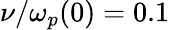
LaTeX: \nu/\omega_{p}(0)=0.1